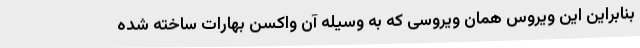
بنابراین این ویروس همان ویروسی که به وسیله آن واکسن بهارات ساخته شده